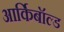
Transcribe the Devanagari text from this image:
आर्किबॉल्ड